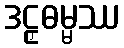
ဒဠှဓမ္မဿ